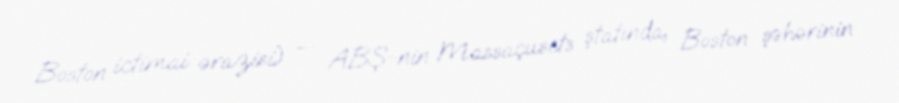
Boston ictimai ərazisi) — ABŞ-nin Massaçusets ştatında, Boston şəhərinin